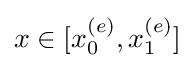
x\in [x_{0}^{(e)},x_{1}^{(e)}]